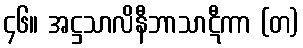
၄၆။ အဋ္ဌသာလိနီဘာသာဋီကာ (တ)